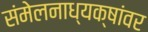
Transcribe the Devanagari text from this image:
संमेलनाध्यक्षांवर